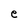
Character: e